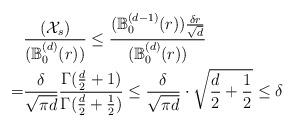
LaTeX: \begin{align*}&\frac{(\mathcal X_s)}{(\mathbb B_0^{(d)}(r)) }\le \frac{ (\mathbb B_0^{(d-1)}(r)) \frac{\delta r}{\sqrt{d}}}{(\mathbb B_0^{(d)}(r)) }\\= &\frac{\delta}{\sqrt{\pi d}}\frac{\Gamma(\frac{d}{2}+1)}{\Gamma(\frac{d}{2}+\frac{1}{2})}\le \frac{\delta}{\sqrt{\pi d}} \cdot \sqrt{\frac{d}{2}+\frac{1}{2}} \le \delta\end{align*}